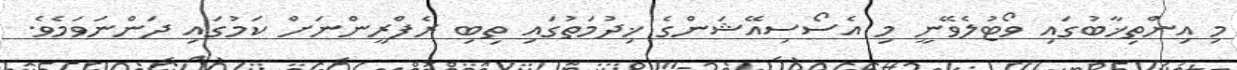
މި އިންތިޚާބުގައި ވޯޓުލެވޭނީ މި އެސޯސިއޭޝަންގެ ޚިދުމަތުގައި ތިބި ރެފްރީންނަށް ކަމުގައި ދަންނަވަމެވެ.